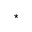
^ { \star }